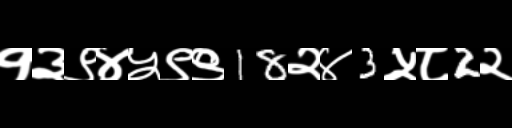
Text: १३९४५९९18२४3५८2२